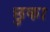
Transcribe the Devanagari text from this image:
छुका